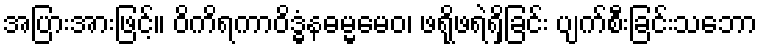
အပြားအားဖြင့်။ ဝိကိရကာဝိဒ္ဓံနဓမ္မမေဝ၊ ဖရိုဖရဲရှိခြင်း ပျက်စီးခြင်းသဘော